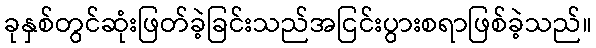
ခုနှစ်တွင်ဆုံးဖြတ်ခဲ့ခြင်းသည်အငြင်းပွားစရာဖြစ်ခဲ့သည်။